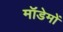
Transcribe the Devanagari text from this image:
मॉडेमों